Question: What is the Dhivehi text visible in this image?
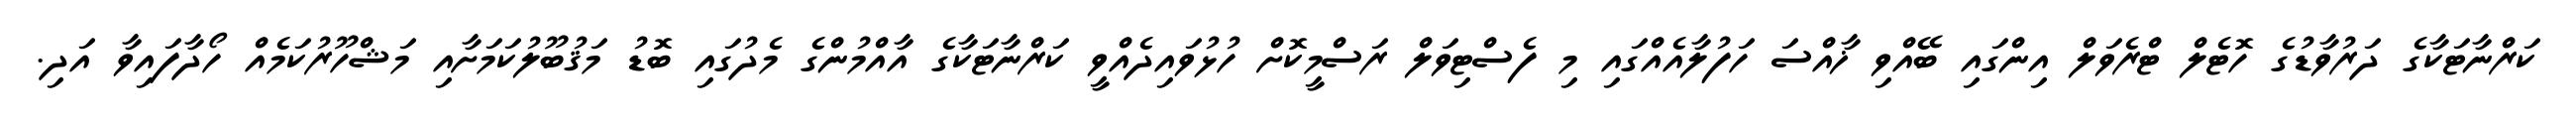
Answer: ކަރްނާޓަކާގެ ދަރުވާޑުގެ ހޮޓެލް ޓްރެވަލް އިންގައި ބޭއްވި ޚާއްސަ ހަފުލާއެއްގައި މި ފެސްޓިވަލް ރަސްމީކޮށް ހުޅުވައިދެއްވީ ކަރްނާޓަކާގެ އާއްމުންގެ މެދުގައި ބޮޑު މަޤުބޫލުކަމަށާއި މަޝްހޫރުކަމެއް ހޯދާފައިވާ އަދި.